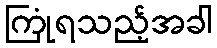
ကြုံရသည့်အခါ